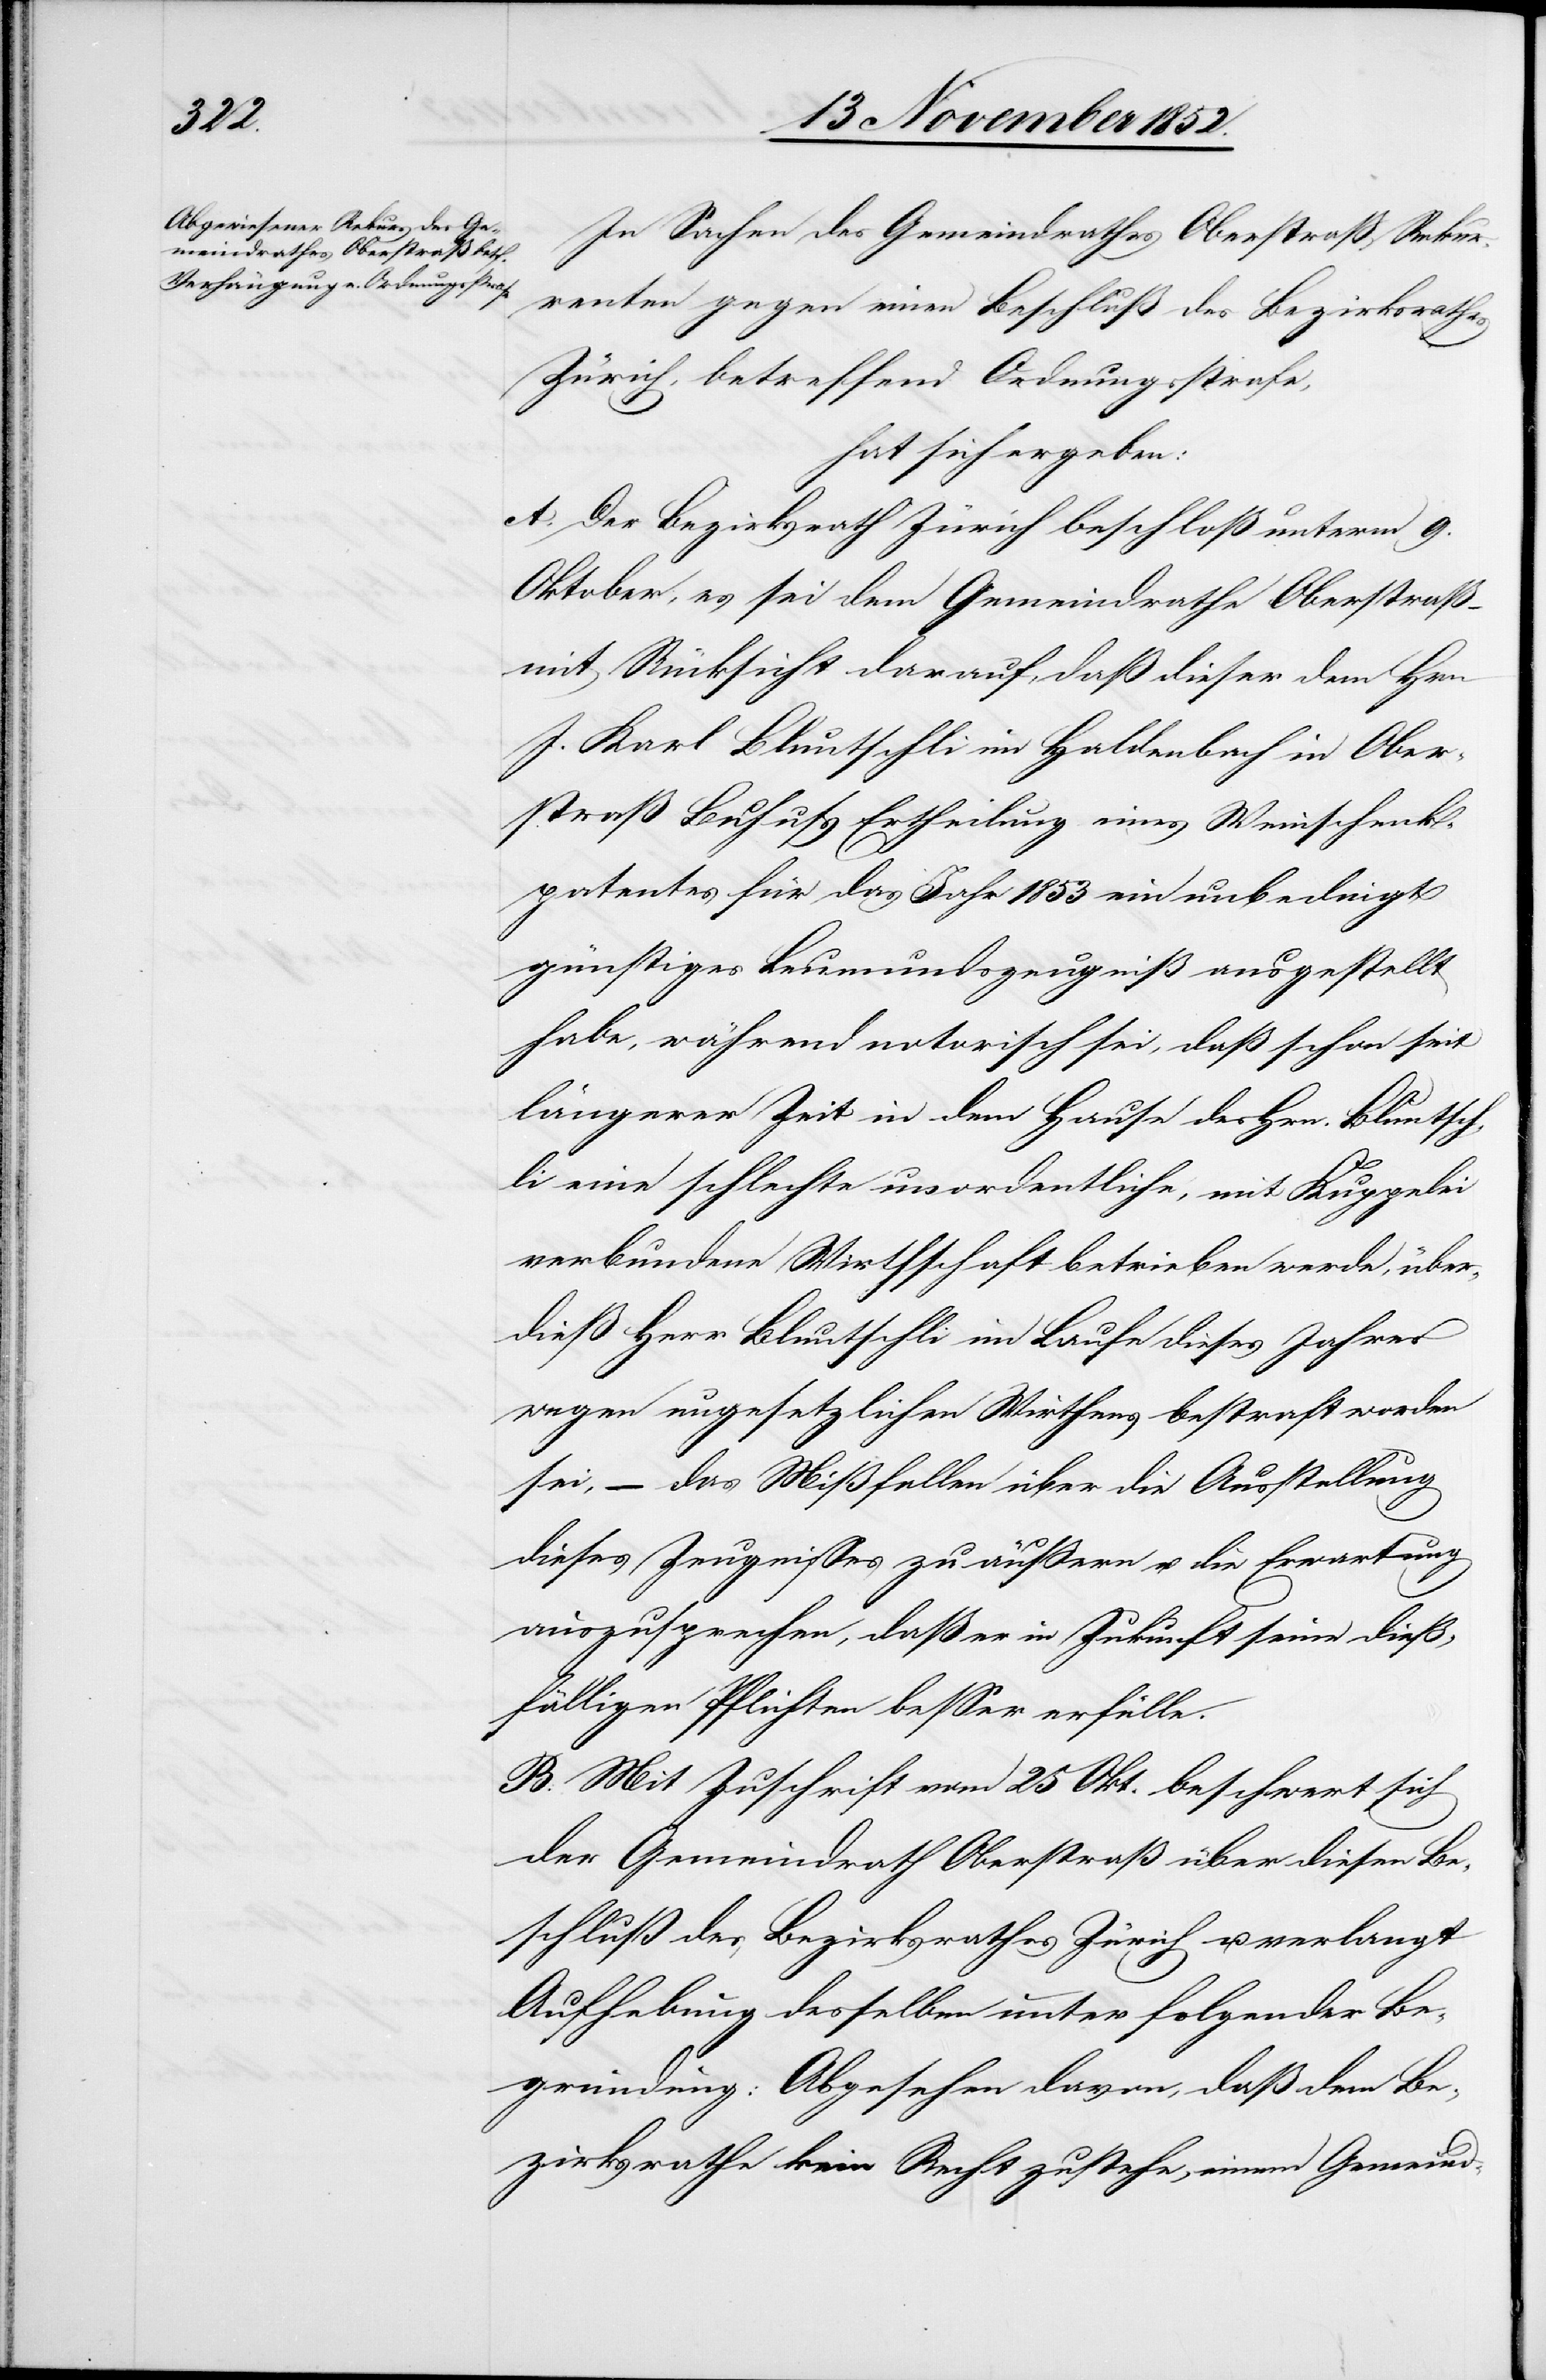
In Sachen des Gemeindrathes Oberstraß, Rekur¬
renten gegen einen Beschluß des Bezirksrathes
Zürich, betreffend Ordnungsstrafe,
hat sich ergeben:
A. Der Bezirksrath Zürich beschloß unterm 9.
Oktober, es sei dem Gemeindrathe Oberstraß
mit Rücksicht darauf, daß dieser dem Hrn
J. Karl Bluntschli im Haldenbach in Ober¬
straß Behufs Ertheilung eines Weinschenk¬
patentes für das Jahr 1853 ein unbedingt
günstiges Leumundszeugniß ausgestellt
habe, während notorisch sei, daß schon seit
längerer Zeit in dem Hause des Hrn. Bluntsch¬
li eine schlechte unordentliche, mit Kuppelei
verbundene Wirthschaft betrieben werde, über¬
dieß Herr Bluntschli im Laufe dieses Jahres
wegen ungesetzlichen Wirthens bestraft worden
sei, – das Mißfallen über die Ausstellung
dieses Zeugnisses zu äußern u. die Erwartung
auszusprechen, daß er in Zukunft seine dieß¬
fälligen Pflichten besser erfülle.
B. Mit Zuschrift vom 25 Okt. beschwert sich
der Gemeindrath Oberstraß über diesen Be¬
schluß des Bezirksrathes Zürich u. verlangt
Aufhebung desselben unter folgender Be¬
gründung: Abgesehen davon, daß dem Be¬
zirksrathe kein Recht zustehe, einem Gemeind-